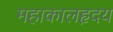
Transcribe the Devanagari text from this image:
महाकालहृदय